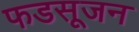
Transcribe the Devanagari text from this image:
फडसूजन